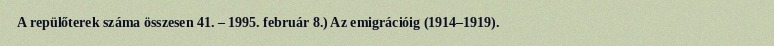
A repülőterek száma összesen 41. – 1995. február 8.) Az emigrációig (1914–1919).